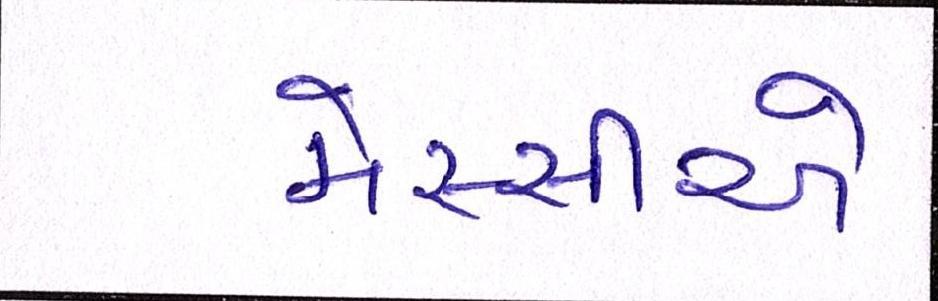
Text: મેસ્સીએ